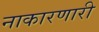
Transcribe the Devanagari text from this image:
नाकारणारी